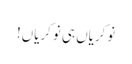
نوکریاں ہی نوکریاں!